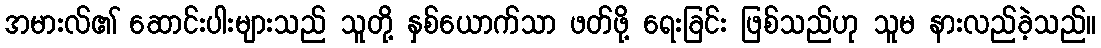
အမားလ်၏ ဆောင်းပါးများသည် သူတို့ နှစ်ယောက်သာ ဖတ်ဖို့ ရေးခြင်း ဖြစ်သည်ဟု သူမ နားလည်ခဲ့သည်။